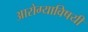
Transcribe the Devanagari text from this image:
आरोग्याविषयी